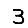
Digit: 3